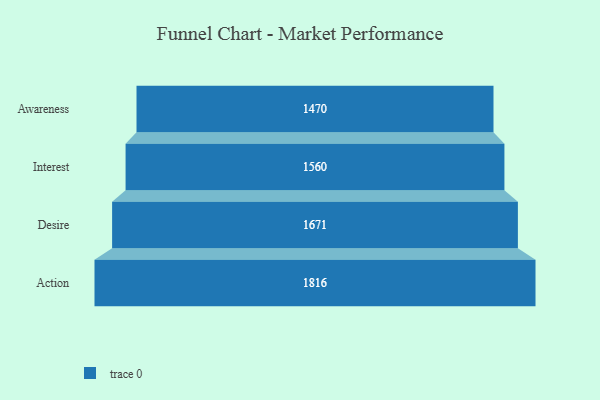
{"axis": {"x": "Stage", "y": "Value"}, "legend": [""], "data": [{"x": "Awareness", "y": 1470.0, "type": ""}, {"x": "Interest", "y": 1560.0, "type": ""}, {"x": "Desire", "y": 1671.0, "type": ""}, {"x": "Action", "y": 1816.0, "type": ""}]}